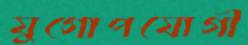
যুগোপযোগী